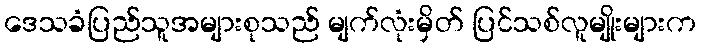
ဒေသခံပြည်သူအများစုသည် မျက်လုံးမှိတ် ပြင်သစ်လူမျိုးများက